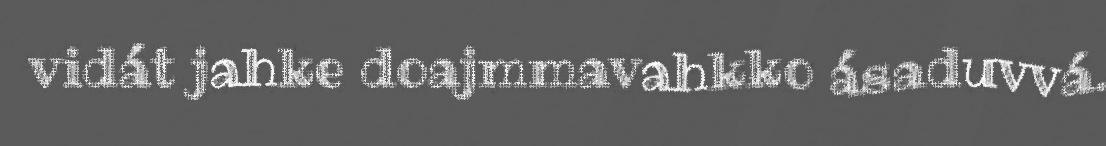
vidát jahke doajmmavahkko ásaduvvá.